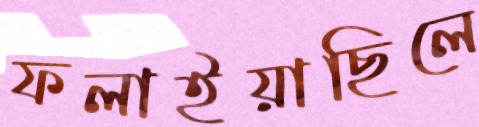
ফলাইয়াছিলে